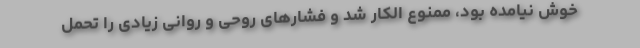
خوش نیامده بود، ممنوع الکار شد و فشارهای روحی و روانی زیادی را تحمل